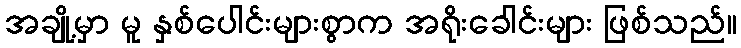
အချို့မှာ မူ နှစ်ပေါင်းများစွာက အရိုးခေါင်းများ ဖြစ်သည်။